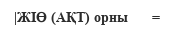
|ЖІӨ (АҚТ) орны      =